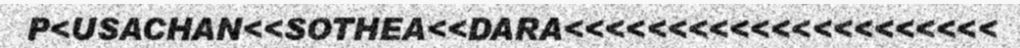
P<USACHAN<<SOTHEA<<DARA<<<<<<<<<<<<<<<<<<<<<